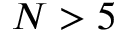
N > 5